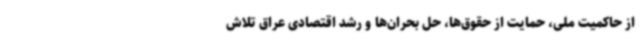
از حاکمیت ملی، حمایت از حقوق‌ها، حل بحران‌ها و رشد اقتصادی عراق تلاش